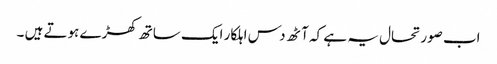
اب صورتحال یہ ہے کہ آٹھ دس اہلکار ایک ساتھ کھڑے ہوتے ہیں ۔